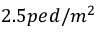
2 . 5 p e d / m ^ { 2 }